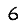
Digit: 6